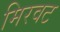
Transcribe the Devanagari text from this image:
मिरवट